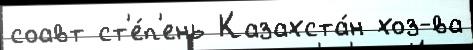
соавт ст'е́п'ень Казахста́н хоз-ва